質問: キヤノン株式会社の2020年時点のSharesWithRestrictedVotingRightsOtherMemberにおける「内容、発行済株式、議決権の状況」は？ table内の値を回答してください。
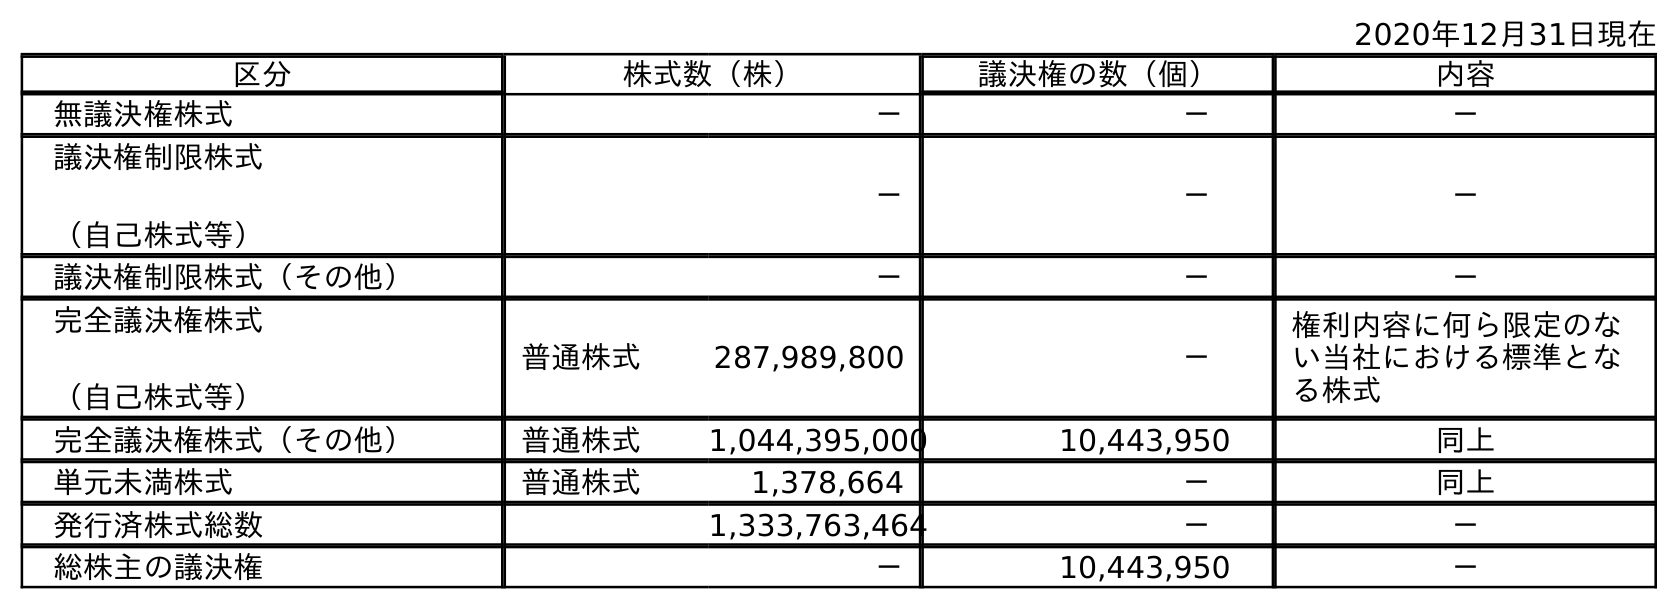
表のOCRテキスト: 2020年12月31日現在 区分 株式数（株） 議決権の数（個） 内容 無議決権株式 － － － 議決権制限株式 （自己株式等） － － － 議決権制限株式（その他） － － － 完全議決権株式 （自己株式等） 普通株式 287,989,800 － 権利内容に何ら限定のな い当社における標準とな る株式 完全議決権株式（その他） 普通株式 1,044,395,000 10,443,950 同上 単元未満株式 普通株式 1,378,664 － 同上 発行済株式総数 1,333,763,464 － － 総株主の議決権 － 10,443,950 －
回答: －